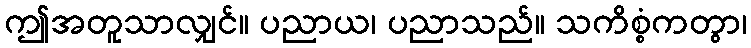
ဤအတူသာလျှင်။ ပညာယ၊ ပညာသည်။ သကိစ္စံကတွာ၊